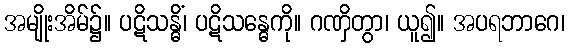
အမျိုးအိမ်၌။ ပဋိသန္ဓိံ၊ ပဋိသန္ဓေကို။ ဂဏှိတွာ၊ ယူ၍။ အပရဘာဂေ၊